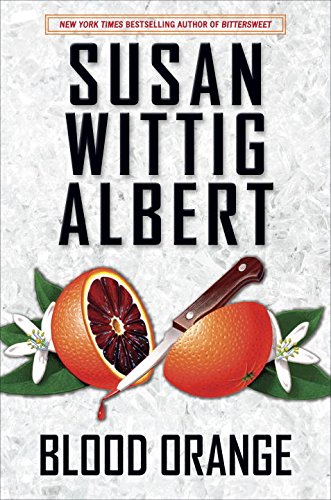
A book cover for Blood Orange: A China Bayles Mystery; Susan Wittig Albert; Mystery, Thriller & Suspense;